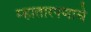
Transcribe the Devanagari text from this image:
म्हातारपणाचे